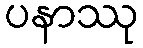
ပနာဿု